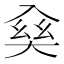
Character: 𠓱